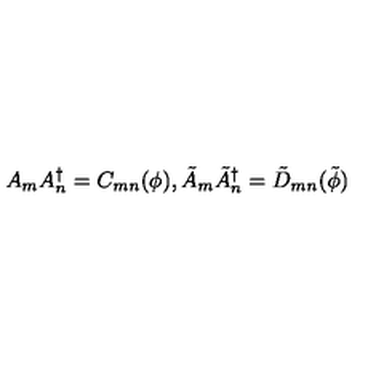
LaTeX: A _ { m } A _ { n } ^ { \dagger } = C _ { m n } ( \phi ) , \tilde { A } _ { m } \tilde { A } _ { n } ^ { \dagger } = \tilde { D } _ { m n } ( \tilde { \phi } )